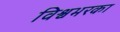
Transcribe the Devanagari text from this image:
विश्वभरका